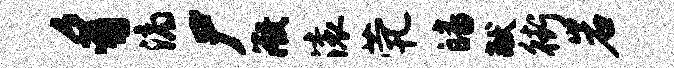
豸滴尸微滚茕皤献街岩